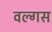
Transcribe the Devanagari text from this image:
वल्गस